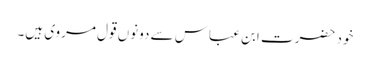
خود حضرت ابن عباس سے دونوں قول مروی ہیں۔